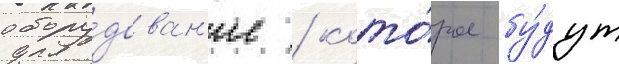
обору́дован'ие / кото́рое бу́дут